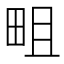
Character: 𤱌